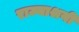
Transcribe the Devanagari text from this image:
राज्याश्रयी